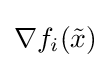
\nabla f_{i}({\tilde {x}})